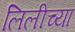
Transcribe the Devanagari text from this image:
लिलीच्या